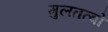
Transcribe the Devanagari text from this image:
मुलतत्वो